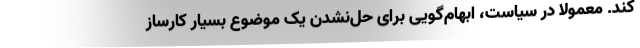
کند. معمولاً در سیاست، ابهام‌گویی برای حل‌نشدن یک موضوع بسیار کارساز